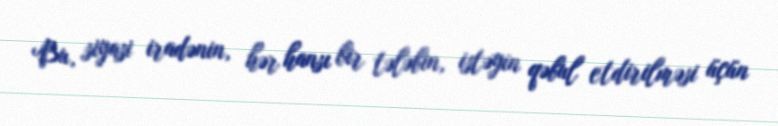
Bu, siyasi iradənin, hər hansı bir tələbin, istəyin qəbul etdirilməsi üçün